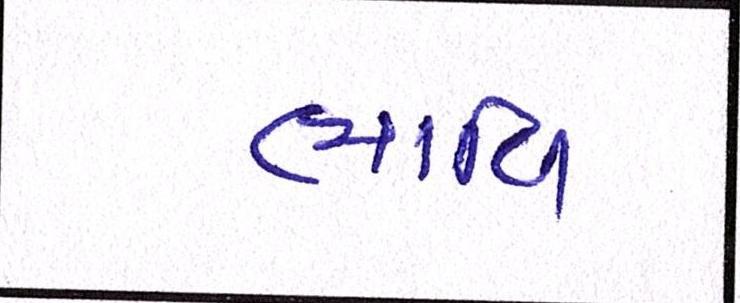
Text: ભાવિ